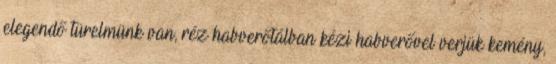
elegendő türelmünk van, réz habverőtálban kézi habverővel verjük kemény,